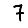
Digit: 7